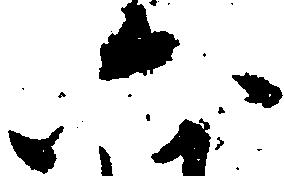
六